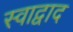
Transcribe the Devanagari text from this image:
स्वाद्वाद